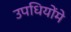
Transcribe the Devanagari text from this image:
उपधियोंमे